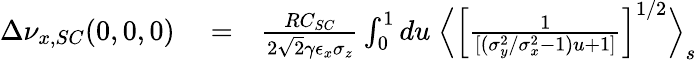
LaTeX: \begin{array}{rlr}{\Delta\nu_{x,SC}(0,0,0)}&{{}=}&{\frac{RC_{SC}}{2\sqrt{2}\gamma\epsilon_{x}\sigma_{z}}\int_{0}^{1}du\; \Big\langle\left[\frac{1}{[(\sigma_{y}^{2}/\sigma_{x}^{2}-1)u+1]}\right]^{1/2}\Big\rangle_{s}}\end{array}